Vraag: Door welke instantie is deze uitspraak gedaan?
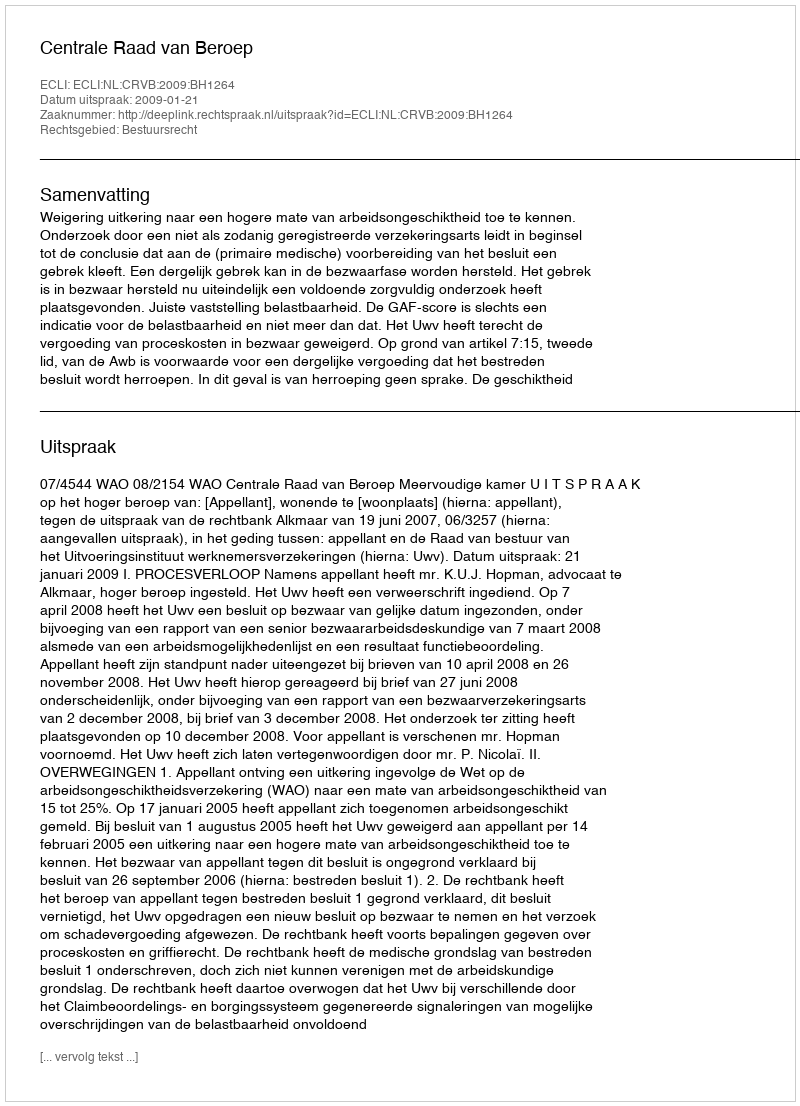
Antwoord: Centrale Raad van Beroep